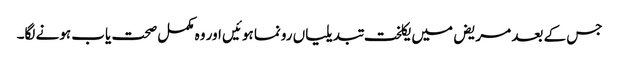
جس کے بعد مریض میں یکلخت تبدیلیاں رونما ہوئیں اور وہ مکمل صحت یاب ہونے لگا۔